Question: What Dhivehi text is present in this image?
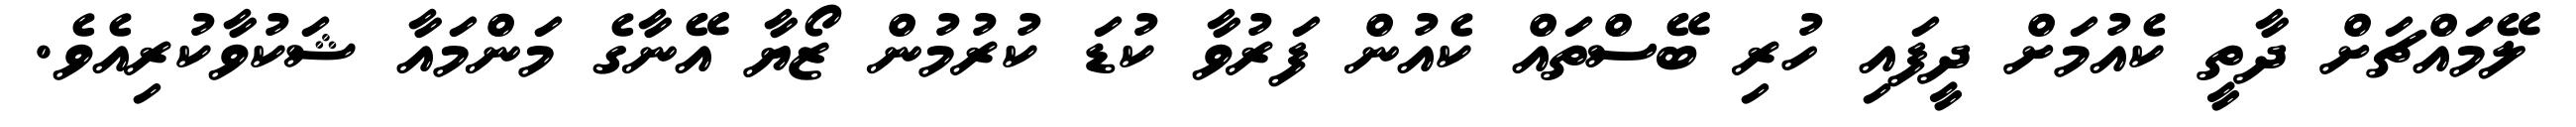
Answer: ލޭމައްޗަށް ދާތީ ކެއުމަށް ދީފައި ހުރި ބޭސްތައް ކެއުން ފަރުވާ ކުޑަ ކުރުމުން ޒޯޔާ އޭނާގެ މަންމައާ ޝަކުވާކުރިއެވެ.